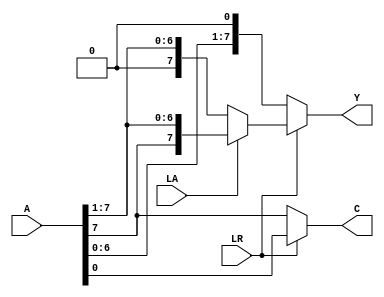
module shifter(A, LA, LR, Y, C); // add all inputs and outputs inside parentheses

  // inputs
input [7:0] A; 
input LA; 
input LR; 
  
  // outputs
output [7:0] Y; 
output  C; 

  // reg and internal variable definitions

  
  // implement module here
  assign Y = LR ? (LA ? ({A[7],A[7:1]}) : ({1'b0,A[7:1]})) : ({A[6:0],1'b0});
  assign C = LR ? A[0] : A[7];
 

endmodule